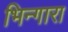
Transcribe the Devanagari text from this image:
भिन्गारा